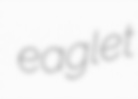
eaglet